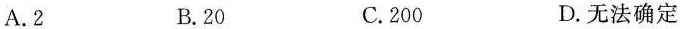
A.2 B.20 C.200 D.无法确定